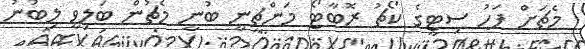
މެޗަށް ފަހު ސިޓީގެ ކޯޗު ރޮބާޓޯ މަންޗީނީ ބުނީ މެޗުން ބަލިވީ ލިބުނު